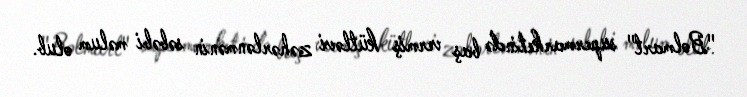
"Bolmart" supermarketində baş vermiş kütləvi zəhərlənmənin səbəbi məlum olub.